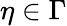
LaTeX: \eta\in\Gamma